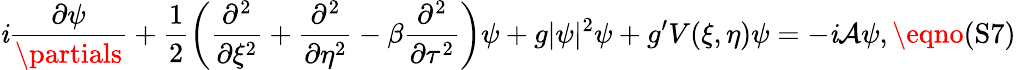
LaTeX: \mathit{i}\frac{{\partial\psi}}{{\partials}}+\frac{{1}}{{2}}\left(\frac{{\partial^{2}}}{{\partial\xi^{2}}}+\frac{{\partial^{2}}}{{\partial\eta^{2}}}-\beta\frac{{\partial^{2}}}{{\partial\tau^{2}}}\right)\psi+g|\psi|^{2}\psi+g^{\prime}V(\xi,\eta)\psi=-\mathit{i}\mathcal{{A}}\psi,\eqno{(\textrm{{S7}})}